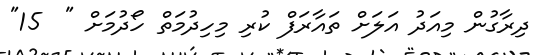
ދިރާގުން މިއަދު އަލަށް ތައާރަފް ކުރި މިހިދުމަތް ހޯދުމަށް "  15"